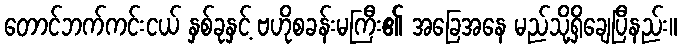
တောင်ဘက်ကင်းငယ် နှစ်ခုနှင့် ဗဟိုစခန်းမကြီး၏ အခြေအနေ မည်သို့ရှိချေပြီနည်း။